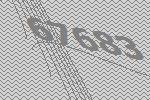
67683